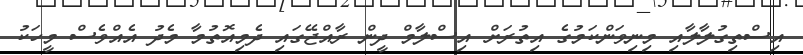
އިސްތިގުލާލާއި މިނިވަންކަމުގެ އިތުރަށް އިސްލާމް ދީން ރާއްޖޭގައި ދެމިއޮތުމާ މެދު އެއްވެސް މީހަކު